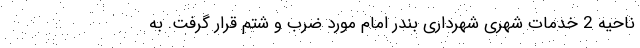
ناحیه 2 خدمات شهری شهرداری بندر امام مورد ضرب و شتم قرار گرفت. به